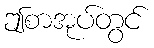
ဤစာအုပ်တွင်